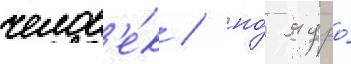
челов'е́к / но́ ядро́